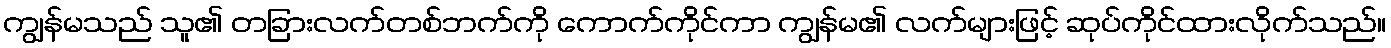
ကျွန်မသည် သူ၏ တခြားလက်တစ်ဘက်ကို ကောက်ကိုင်ကာ ကျွန်မ၏ လက်များဖြင့် ဆုပ်ကိုင်ထားလိုက်သည်။